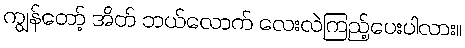
ကျွန်တော့် အိတ် ဘယ်လောက် လေးလဲကြည့်ပေးပါလား။